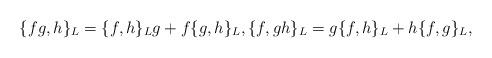
\begin{align*}\{fg,h\}_{L}=\{f,h\}_{L}g+f\{g,h\}_{L},\{f,gh\}_{L}=g\{f,h\}_{L}+h\{f,g\}_{L},\end{align*}